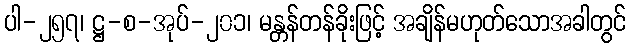
ပါ-၂၅၇၊ ဋ္ဌ-စ-အုပ်-၂၀၁၊ မန္တန်တန်ခိုးဖြင့် အချိန်မဟုတ်သောအခါတွင်